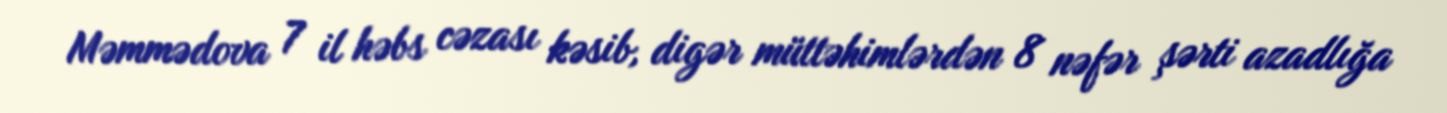
Məmmədova 7 il həbs cəzası kəsib, digər müttəhimlərdən 8 nəfər şərti azadlığa